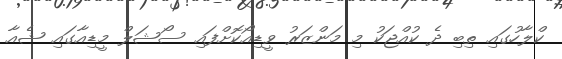
ކްލާހުގައި ތިބި ދެ ކުއްޖަކު މި މަންޒަރު ވީޑިއޯކޮށްފައި ސޯޝަލް މީޑިއާގައި ޝެއާ